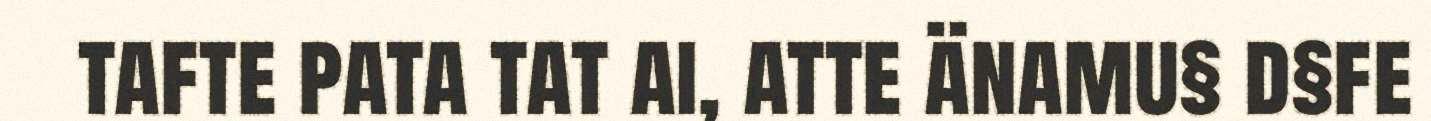
tafte pata tat ai, atte änamu§ d§fe